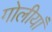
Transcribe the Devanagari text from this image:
गोलीयाँ